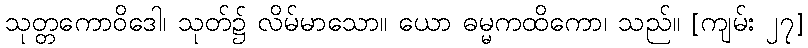
သုတ္တကောဝိဒေါ၊ သုတ်၌ လိမ်မာသော။ ယော ဓမ္မကထိကော၊ သည်။ [ကျမ်း ၂၇]